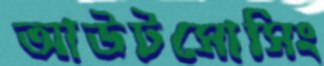
আউটসোসিং